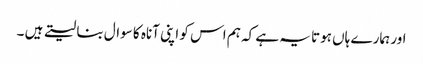
اور ہمارے ہاں ہوتا یہ ہے کہ ہم اس کو اپنی آناہ کا سوال بنا لیتے ہیں ۔